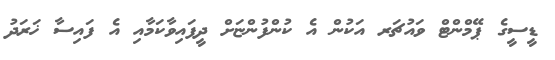
ޑީސީގެ ޕޭމްންޓް ވައުޗަރ އަކުން އެ ކުންފުންޏަށް ދީފައިވާކަމާއި އެ ފައިސާ ޚަރަދު